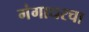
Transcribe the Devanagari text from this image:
गंगाधरचा